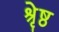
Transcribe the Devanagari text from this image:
श्रृेष्ठ